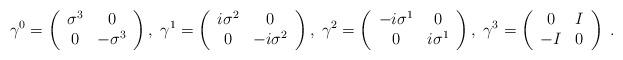
LaTeX: \begin{align*}\gamma ^{0}=\left( \begin{array}{cc}\sigma ^{3} & 0 \\ 0 & -\sigma ^{3}\end{array}\right) ,\;\gamma ^{1}=\left( \begin{array}{cc}i\sigma ^{2} & 0 \\ 0 & -i\sigma ^{2}\end{array}\right) ,\;\gamma ^{2}=\left( \begin{array}{cc}-i\sigma ^{1} & 0 \\ 0 & i\sigma ^{1}\end{array}\right) ,\;\gamma ^{3}=\left( \begin{array}{cc}0 & I \\ -I & 0\end{array}\right) \;.\end{align*}